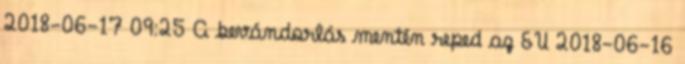
2018-06-17 09:25 A bevándorlás mentén reped az EU 2018-06-16